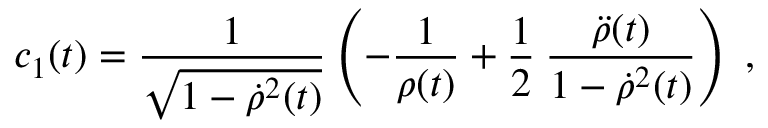
c _ { 1 } ( t ) = \frac { 1 } { \sqrt { 1 - { \dot { \rho } } ^ { 2 } ( t ) } } \left( - \frac { 1 } { \rho ( t ) } + \frac { 1 } { 2 } \: \frac { { \ddot { \rho } } ( t ) } { 1 - { \dot { \rho } } ^ { 2 } ( t ) } \right) \; ,